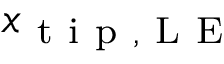
x _ { \mathrm { ~ t ~ i ~ p ~ , ~ L ~ E ~ } }